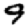
Digit: 9